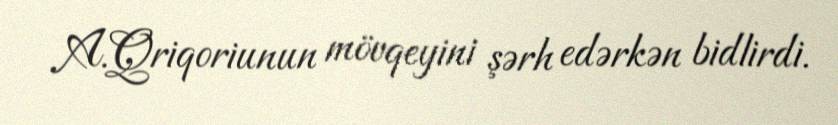
A.Qriqoriunun mövqeyini şərh edərkən bidlirdi.